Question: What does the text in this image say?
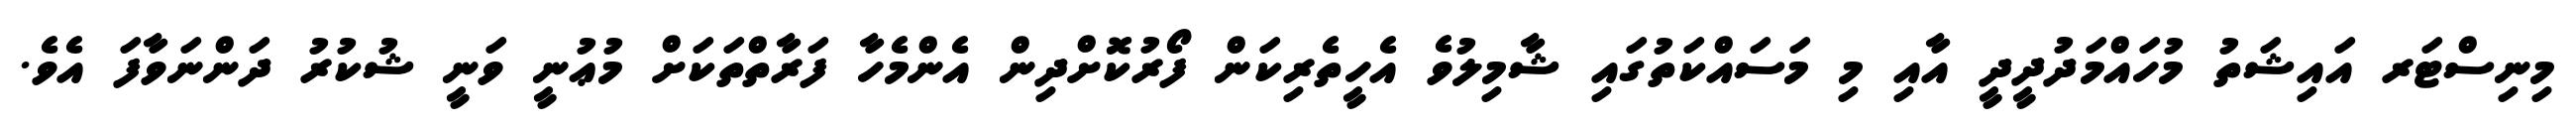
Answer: މިނިސްޓަރ އައިޝަތު މުހައްމަދުދީދީ އާއި މި މަސައްކަތުގައި ޝާމިލުވެ އެހީތެރިކަން ފޯރުކޮށްދިން އެންމެހާ ފަރާތްތަކަށް މުޢުނީ ވަނީ ޝުކުރު ދަންނަވާފަ އެވެ.